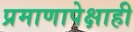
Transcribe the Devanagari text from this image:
प्रमाणापेक्षाही